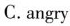
C.angry